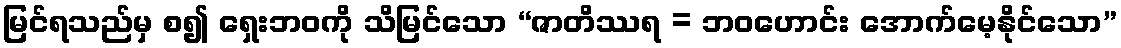
မြင်ရသည်မှ စ၍ ရှေးဘဝကို သိမြင်သော “ဇာတိဿရ = ဘဝဟောင်း အောက်မေ့နိုင်သော”